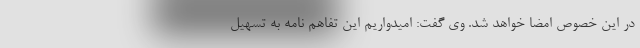
در این خصوص امضا خواهد شد. وی گفت: امیدواریم این تفاهم نامه به تسهیل